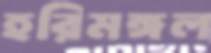
হরিমঙ্গল